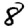
Digit: 8